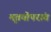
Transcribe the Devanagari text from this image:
मृतयोपरांत